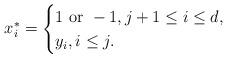
LaTeX: \begin{align*}x_i^*=\begin{cases}1\textmd{ or }-1, j+1\leq i\leq d,\\y_i, i\leq j.\end{cases}\end{align*}